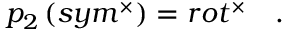
p _ { 2 } \left( s y m ^ { \times } \right) = r o t ^ { \times } \quad .